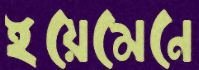
ইয়েমেনে